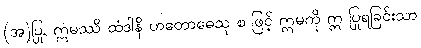
(အ)ပြု, ဣမဿိ ထံဒါနိ ဟတောဓေသု စ ဖြင့် ဣမကို ဣ ပြုရခြင်းသာ